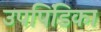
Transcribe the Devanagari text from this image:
उपपिंडिका